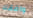
وافقنا